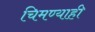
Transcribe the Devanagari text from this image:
चिमण्याही